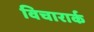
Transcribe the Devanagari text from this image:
विचारार्क